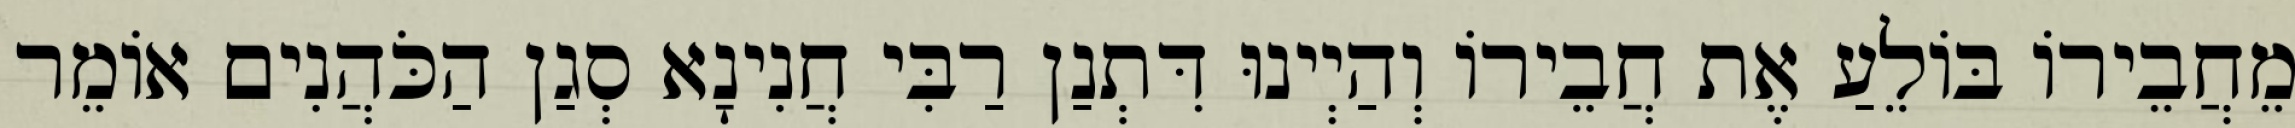
מֵחֲבֵירוֹ בּוֹלֵעַ אֶת חֲבֵירוֹ וְהַיְינוּ דִּתְנַן רַבִּי חֲנִינָא סְגַן הַכֹּהֲנִים אוֹמֵר